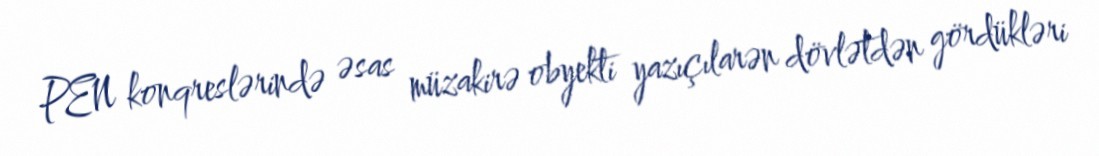
PEN konqreslərində əsas müzakirə obyekti yazıçılarən dövlətdən gördükləri